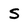
Character: S